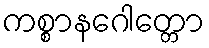
ကစ္စာနဂေါတ္တော